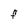
Character: F